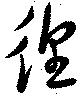
徨